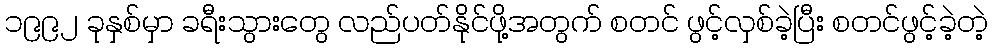
၁၉၉၂ ခုနှစ်မှာ ခရီးသွားတွေ လည်ပတ်နိုင်ဖို့အတွက် စတင် ဖွင့်လှစ်ခဲ့ပြီး စတင်ဖွင့်ခဲ့တဲ့